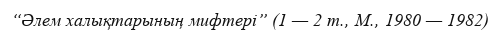
“Әлем халықтарының мифтері” (1 — 2 т., М., 1980 — 1982)